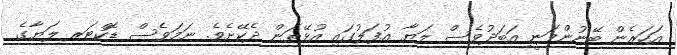
އަހަރެން ބޭނުންވަނީ އަބަދުވެސް ލަޔާ އުފަލުގައި އުޅޭތަން ދެކޭށެވެ. ނަމަވެސް ޑޮކްޓަރ ލަޔާގެ